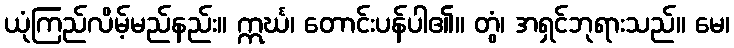
ယုံကြည်လိမ့်မည်နည်း။ ဣင်္ဃ၊ တောင်းပန်ပါ၏။ တွံ၊ အရှင်ဘုရားသည်။ မေ၊